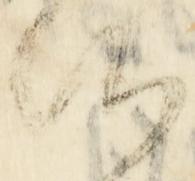
候